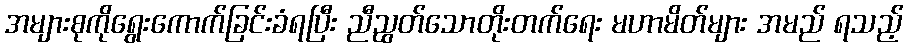
အများစုကိုရွေးကောက်ခြင်းခံရပြီး ညီညွတ်သောတိုးတက်ရေး မဟာမိတ်များ အမည် ရသည့်